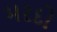
મરદો